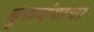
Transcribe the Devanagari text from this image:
बुकगंगाचा